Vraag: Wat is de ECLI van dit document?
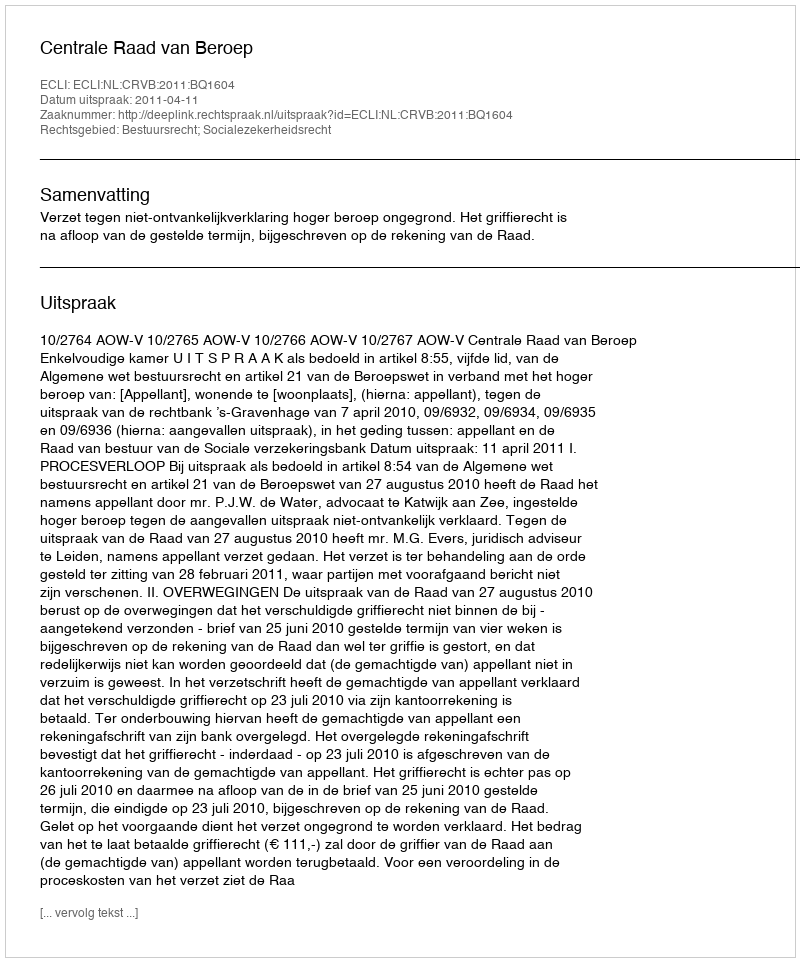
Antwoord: ECLI:NL:CRVB:2011:BQ1604